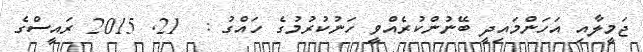
ޖަމީލާއި އަހަންމައިދީ ބޭނުންކުރެއްވީ ހަނުކުރުމުގެ ހައްގު :  21